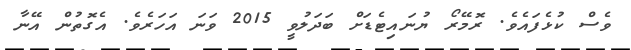
ވެސް ކުޅެފައެވެ. ރޮމޭރޯ ޔުނައިޓެޑަށް ބަދަލުވީ 2015 ވަނަ އަހަރެވެ. އެގޮތުން އޭނާ